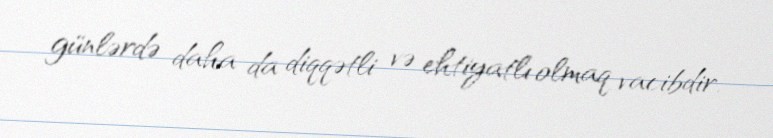
günlərdə daha da diqqətli və ehtiyatlı olmaq vacibdir.